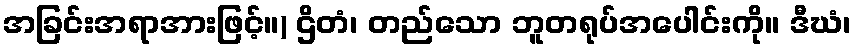
အခြင်းအရာအားဖြင့်။) ဌိတံ၊ တည်သော ဘူတရုပ်အပေါင်းကို။ ဒီဃံ၊